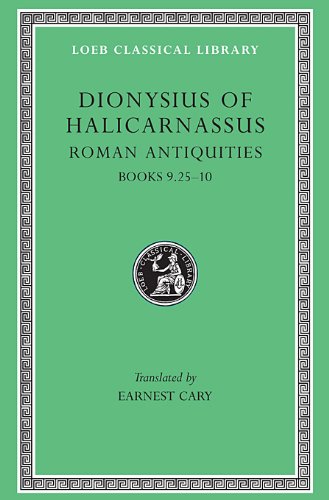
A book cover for Dionysius of Halicarnassus: Roman Antiquities, Volume VI. Books 9.25-10 (Loeb Classical Library No. 378); Dionysius of Halicarnassus; Literature & Fiction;